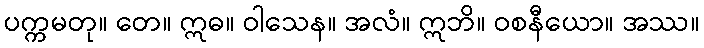
ပက္ကမတု။ တေ။ ဣဓ။ ဝါသေန။ အလံ။ ဣဘိ။ ဝစနီယော။ အဿ။